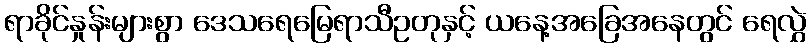
ရာခိုင်နှုန်းများစွာ ဒေသရေမြေရာသီဥတုနှင့် ယနေ့အခြေအနေတွင် ရေလွှဲ